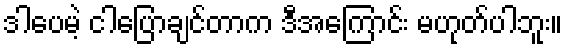
ဒါပေမဲ့ ငါပြောချင်တာက ဒီအကြောင်း မဟုတ်ပါဘူး။